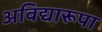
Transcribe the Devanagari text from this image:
अविद्यारूपा